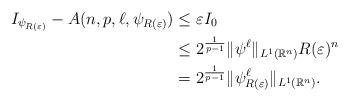
LaTeX: \begin{align*}I_{\psi_{R(\varepsilon)}} - A(n,p,\ell,\psi _{R(\varepsilon)})&\le \varepsilon I_0 \\&\le 2^{\frac{1}{p-1}} \| \psi^{\ell} \|_{L^1(\mathbb{R}^n)} R(\varepsilon)^n \\&= 2^{\frac{1}{p-1}} \|\psi_{R(\varepsilon)}^{\ell} \|_{L^1(\mathbb R^n)}.\end{align*}